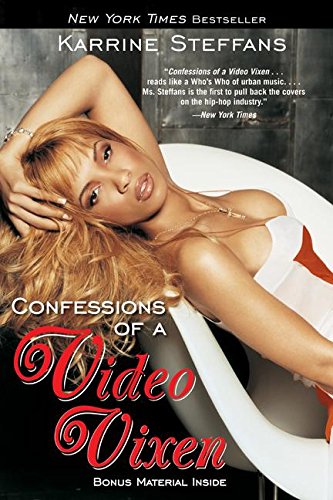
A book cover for Confessions of a Video Vixen; Karrine Steffans; Arts & Photography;